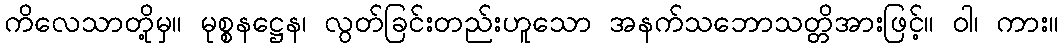
ကိလေသာတို့မှ။ မုစ္စနဋ္ဌေန၊ လွတ်ခြင်းတည်းဟူသော အနက်သဘောသတ္တိအားဖြင့်။ ဝါ၊ ကား။